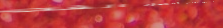
مقهى النيل يقدم أفضل القه